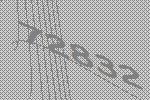
72832